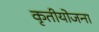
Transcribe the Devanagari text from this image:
कृतीयोजना